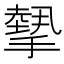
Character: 𢴸